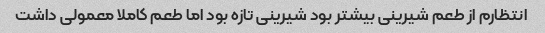
انتظارم از طعم شیرینی بیشتر بود شیرینی تازه بود اما طعم کاملا معمولی داشت